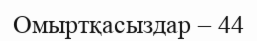
Омыртқасыздар – 44